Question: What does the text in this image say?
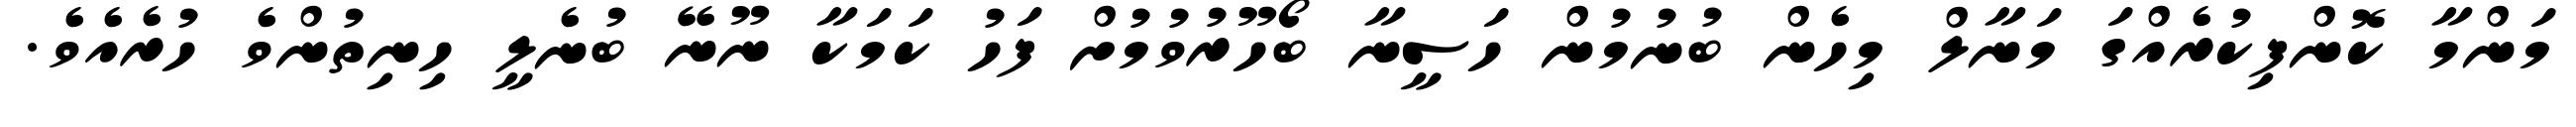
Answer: މަންމާ ކޮންފިކުރެއްގަ މަނާލް މިހެން ބުނުމުން ހަސީނާ ބޯހޫރުވުމުށް ފަހު ކަމަކާ ނޫނޭ ބުނެލީ ހިނިތުންވެ ހުރެއެވެ.